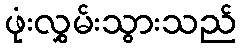
ဖုံးလွှမ်းသွားသည်